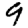
Digit: 9